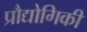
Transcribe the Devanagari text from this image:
प्रौद्योगिकी